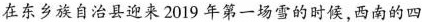
在东乡族自治县迎来2019年第一场雪的时候，西南的四